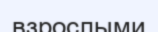
взрослыми